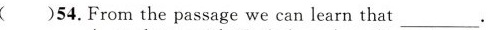
()54.From the passage we can learn that___.